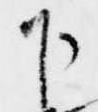
下